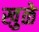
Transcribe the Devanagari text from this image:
खुळे